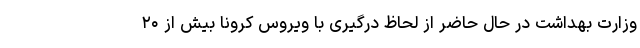
وزارت بهداشت در حال حاضر از لحاظ درگیری با ویروس کرونا بیش از ۲۰